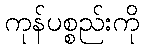
ကုန်ပစ္စည်းကို